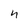
Character: n